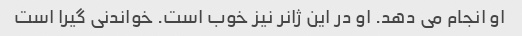
او انجام می دهد. او در این ژانر نیز خوب است. خواندنی گیرا است